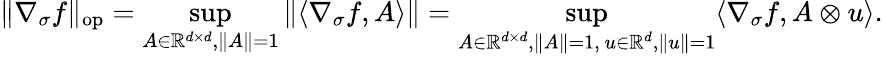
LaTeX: \| \nabla_{\sigma}f\| _{\mathrm{op}}=\operatorname*{sup}_{A\in\mathbb R^{d\times d},\| A\| =1}\| \langle\nabla_{\sigma}f,A\rangle\| =\operatorname*{sup}_{\substack{A\in\mathbb R^{d\times d},\| A\| =1,\, u\in\mathbb R^{d},\| u\| =1}}\langle\nabla_{\sigma}f,A\otimes u\rangle.